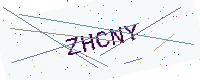
Text: ZHCNY